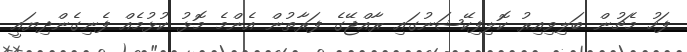
ފަހު މެޗުން ބަލިވިއިރު ކޮލިފިކޭޝަނުގައި ރާއްޖޭގެ ފަރާތުން އެންމެ މޮޅު ކުޅުމެއް ފެނިގެންދިޔައީ